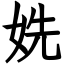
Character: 姺